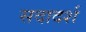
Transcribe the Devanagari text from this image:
सदादर्श